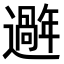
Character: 𫑑